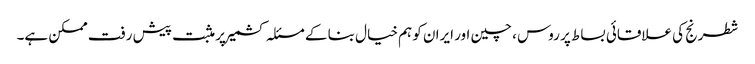
شطرنج کی علاقائی بساط پر روس ، چین اور ایران کو ہم خیال بنا کے مسئلہ کشمیر پر مثبت پیش رفت ممکن ہے۔